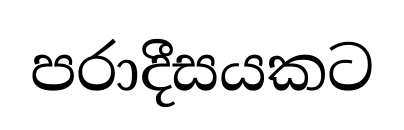
පරාදීසයකට